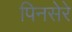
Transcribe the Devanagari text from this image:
पिनसेरे